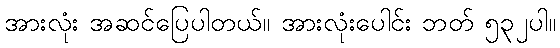
အားလုံး အဆင်ပြေပါတယ်။ အားလုံးပေါင်း ဘတ် ၅၃၂ပါ။